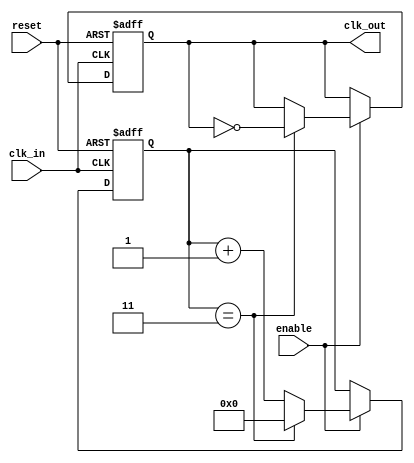
module clock_divider_buffer #(
    parameter N = 4  // Default division factor (adjustable)
)(
    input wire clk_in,    // Input clock signal
    input wire reset,     // Asynchronous reset signal
    input wire enable,    // Enable signal to control the divider
    output reg clk_out    // Output clock signal
);

    reg [31:0] counter; // Counter to track input clock cycles

    // Always block for synchronous reset and counter operation
    always @(posedge clk_in or posedge reset) begin
        if (reset) begin
            counter <= 0;     // Reset counter to zero
            clk_out <= 1'b0;  // Initialize output clock to low
        end else if (enable) begin
            if (counter == (N - 1)) begin
                counter <= 0;   // Reset counter after reaching N
                clk_out <= ~clk_out; // Toggle the output clock
            end else begin
                counter <= counter + 1; // Increment counter
            end
        end
    end

endmodule